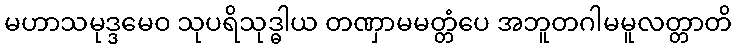
မဟာသမုဒ္ဒမေဝ သုပရိသုဒ္ဓါယ တဏှာမမတ္တံပေ အဘူတဂါမမူလတ္တာတိ